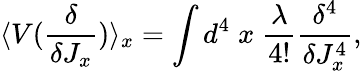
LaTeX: \langle V(\frac{\delta}{\delta J_{x}})\rangle_{x}=\int d^{4}\; x\; \frac{\lambda}{4!}\frac{\delta^{4}}{\delta J_{x}^{4}},